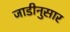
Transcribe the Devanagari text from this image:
जाडीनुसार